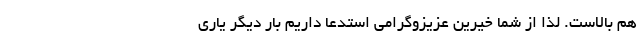
هم بالاست. لذا از شما خیرین عزیزوگرامی استدعا داریم بار دیگر ياري